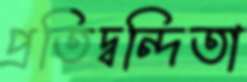
প্রতিদ্বন্দিতা